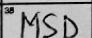
Transcription: MSD